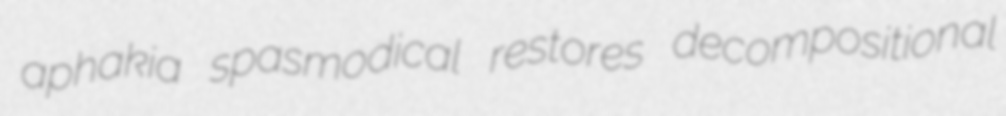
aphakia spasmodical restores decompositional